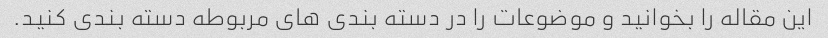
این مقاله را بخوانید و موضوعات را در دسته بندی های مربوطه دسته بندی کنید.